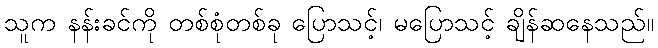
သူက နန်းခင်ကို တစ်စုံတစ်ခု ပြောသင့်၊ မပြောသင့် ချိန်ဆနေသည်။